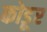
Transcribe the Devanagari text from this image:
कोडूर